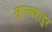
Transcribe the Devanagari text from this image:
खानबहादुर